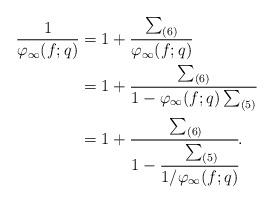
LaTeX: \begin{align*}\frac{1}{\varphi_{\infty}(f;q)} &= 1 + \frac{\sum_{(6)}}{\varphi_{\infty}(f;q)} \\&= 1 + \frac{\sum_{(6)}}{1-\varphi_{\infty}(f;q)\sum_{(5)}} \\&= 1+\cfrac{\sum_{(6)}}{1-\cfrac{\sum_{(5)}}{1/\varphi_{\infty}(f;q)}}.\end{align*}